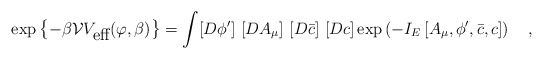
\begin{align*}\exp\left\{-\beta {\cal V} V_{\mbox{eff}}(\varphi,\beta)\right\}=\int [D\phi']~ [DA_{\mu}]~[D\bar{c}]~[D c]\exp\left(-I_E\left[A_{\mu},\phi',\bar{c},c\right] \right)~~~,\end{align*}